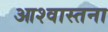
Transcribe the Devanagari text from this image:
आश्वास्तना